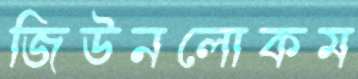
জিউনলোকম